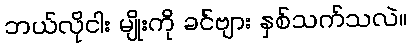
ဘယ်လိုငါး မျိုးကို ခင်ဗျား နှစ်သက်သလဲ။